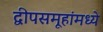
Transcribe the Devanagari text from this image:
द्वीपसमूहांमध्ये